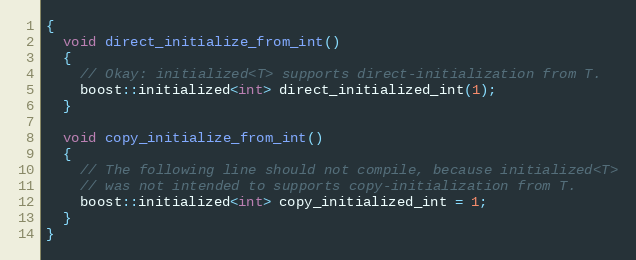
Language: C++
{
  void direct_initialize_from_int()
  {
    // Okay: initialized<T> supports direct-initialization from T.
    boost::initialized<int> direct_initialized_int(1);
  }

  void copy_initialize_from_int()
  {
    // The following line should not compile, because initialized<T>
    // was not intended to supports copy-initialization from T.
    boost::initialized<int> copy_initialized_int = 1;
  }
}